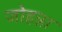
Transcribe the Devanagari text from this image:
जोहन्ना